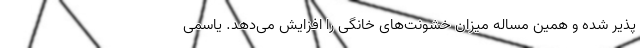
پذیر شده و همین مساله میزان خشونت‌های خانگی را افزایش می‌دهد. یاسمی